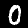
Digit: 0